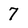
Character: 7